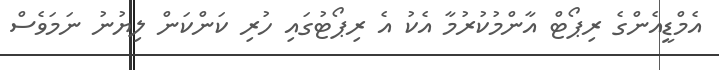
އެމްޑީއެންގެ ރިޕޯޓް އާންމުކުރުމާ އެކު އެ ރިޕޯޓުގައި ހުރި ކަންކަން ލިޔުނު ނަމަވެސް